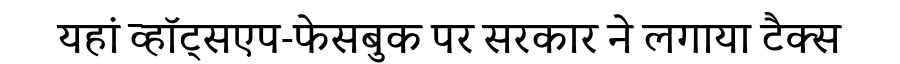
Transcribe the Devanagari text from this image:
यहां व्हॉट्सएप-फेसबुक पर सरकार ने लगाया टैक्स